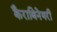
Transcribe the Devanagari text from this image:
कैराबिनेयरी